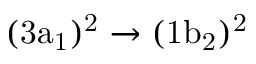
\mathrm { ( 3 a _ { 1 } ) ^ { 2 } \rightarrow ( 1 b _ { 2 } ) ^ { 2 } }